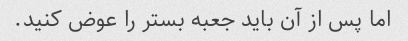
اما پس از آن باید جعبه بستر را عوض کنید.